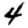
Digit: 4